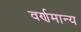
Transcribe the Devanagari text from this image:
वर्णमान्य